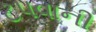
ટપવાની